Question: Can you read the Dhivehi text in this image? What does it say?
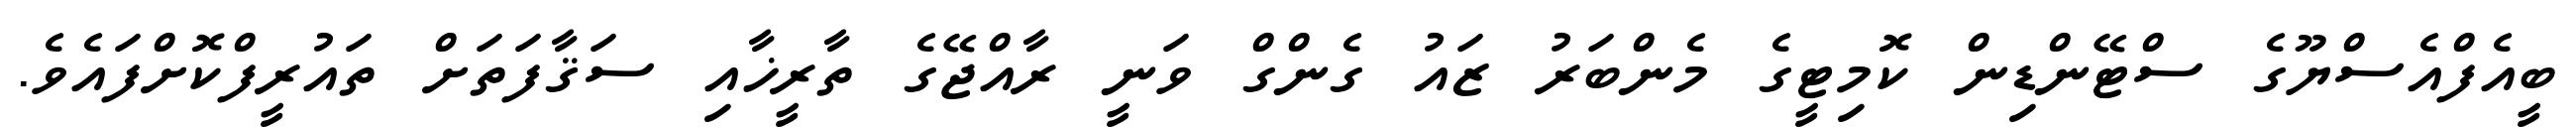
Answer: ބީއެފްއެސްޔޫގެ ސްޓޭންޑިން ކޮމިޓީގެ މެންބަރު ޒައު ގެންގް ވަނީ ރާއްޖޭގެ ތާރީޚާއި ސަޤާފަތަށް ތައުރީފްކޮށްފައެވެ.